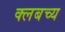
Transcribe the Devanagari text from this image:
क्लबच्य